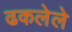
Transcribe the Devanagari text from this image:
ढकलेले